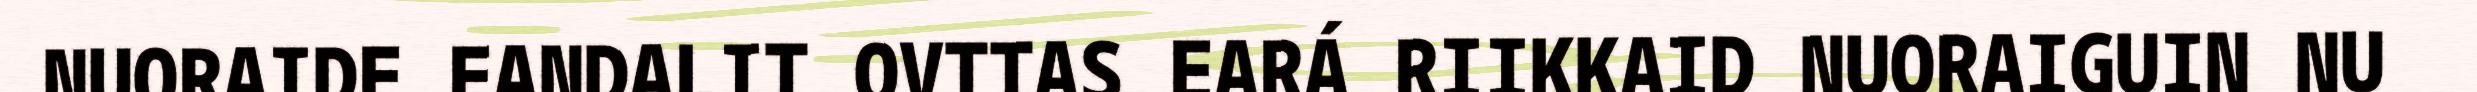
NUORAIDE EANDALIT OVTTAS EARÁ RIIKKAID NUORAIGUIN NU